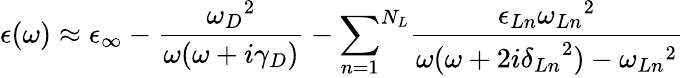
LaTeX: \epsilon(\omega)\approx\epsilon_{\infty}-\frac{{\omega_{D}}^{2}}{\omega(\omega+i\gamma_{D})}-{\sum_{n=1}}^{N_{L}}\frac{\epsilon_{Ln}{\omega_{Ln}}^{2}}{\omega(\omega+2i{\delta_{Ln}}^{2})-{\omega_{Ln}}^{2}}